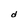
Character: d